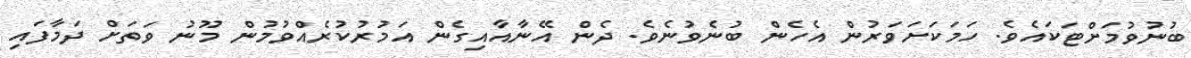
ބުނުވުމަށްޓަކައެވެ. ހަމަކަށަވަރުން އެހެން ބުނެވުނެވެ. ދެން އޭނާއާއިގެން އަމުރުކުރެއްވުމުން މޫނު ވަތަށް ދަމާފައި